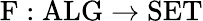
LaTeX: \mathrm{F}:\mathrm{ALG}\to\mathrm{SET}